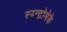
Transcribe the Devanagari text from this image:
स्य्न्द्रोमेके